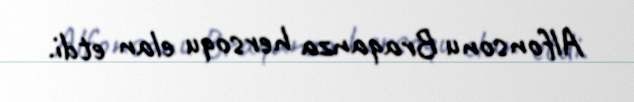
Alfonsonu Braqanza hersoqu elan etdi.